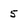
Character: 5